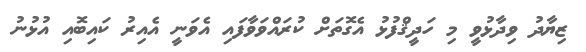
ޒިޔާދު ވިދާޅުވީ މި ހަދީޤްފުޅު އެގޮތަށް ކުރައްވަވާފައި އެވަނީ އެއިރު ކައިބޮއި އުޅުނު